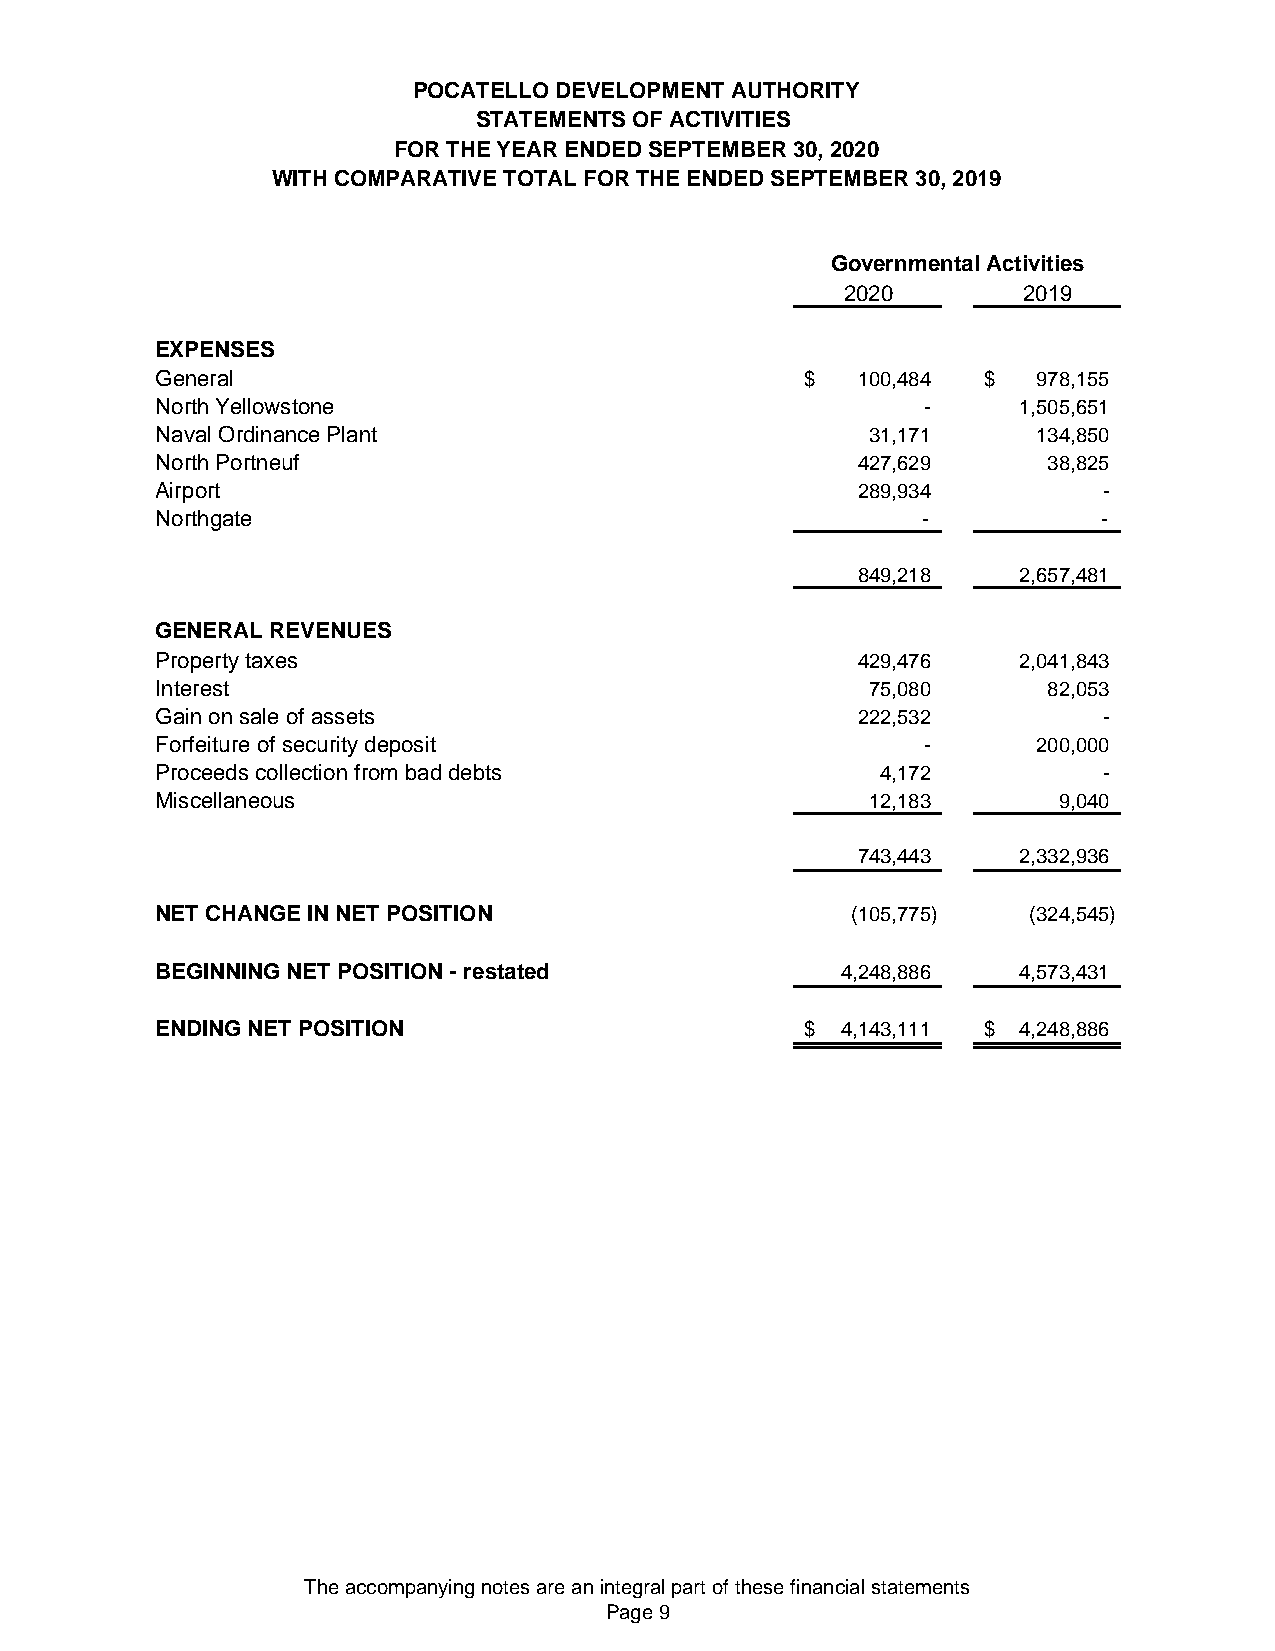
POCATELLO DEVELOPMENT AUTHORITY
 STATEMENTS OF ACTIVITIES
 FOR THE YEAR ENDED SEPTEMBER 30, 2020
 WITH COMPARATIVE TOTAL FOR THE ENDED SEPTEMBER 30, 2019
 Governmental Activities
 2020        2019
 EXPENSES
 General                                    $   100,484 $   978,155
 North Yellowstone                                  -     1,505,651
 Naval Ordinance Plant                           31,171     134,850
 North Portneuf                                 427,629     3 8,825
 Airport                                        289,934         -
 Northgate                                          -           -
 849,218   2,657,481
 GENERAL REVENUES
 Property taxes                                 429,476   2,041,843
 Interest                                        75,080     8 2,053
 Gain on sale of assets                         222,532         -
 Forfeiture of security deposit                     -       200,000
 Proceeds collection from bad debts              4,172          -
 Miscellaneous                                   12,183      9 ,040
 743,443   2,332,936
 NET CHANGE IN NET POSITION                    (105,775)   (324,545)
 BEGINNING NET POSITION - restated             4,248,886  4,573,431
 ENDING NET POSITION                        $  4,143,111 $ 4,248,886
 The accompanying notes are an integral part of these financial statements
 Page 9